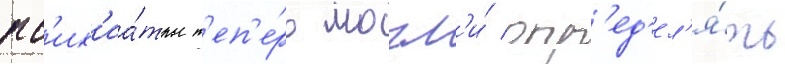
пс'их'иа́тры т'еп'е́рь могл'и́ опр'ед'ел'я́ть